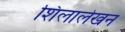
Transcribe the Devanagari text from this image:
शिलालेखन